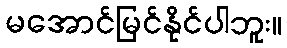
မအောင်မြင်နိုင်ပါဘူး။